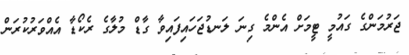
ޖަރުމަންގެ ގައުމީ ޓީމަށް އެންމެ ގިނަ ލަނޑުޖަހައިފައިވާ ގާޑް މުލާގެ ރެކޯޑާ އެއްވަރުކުރަން